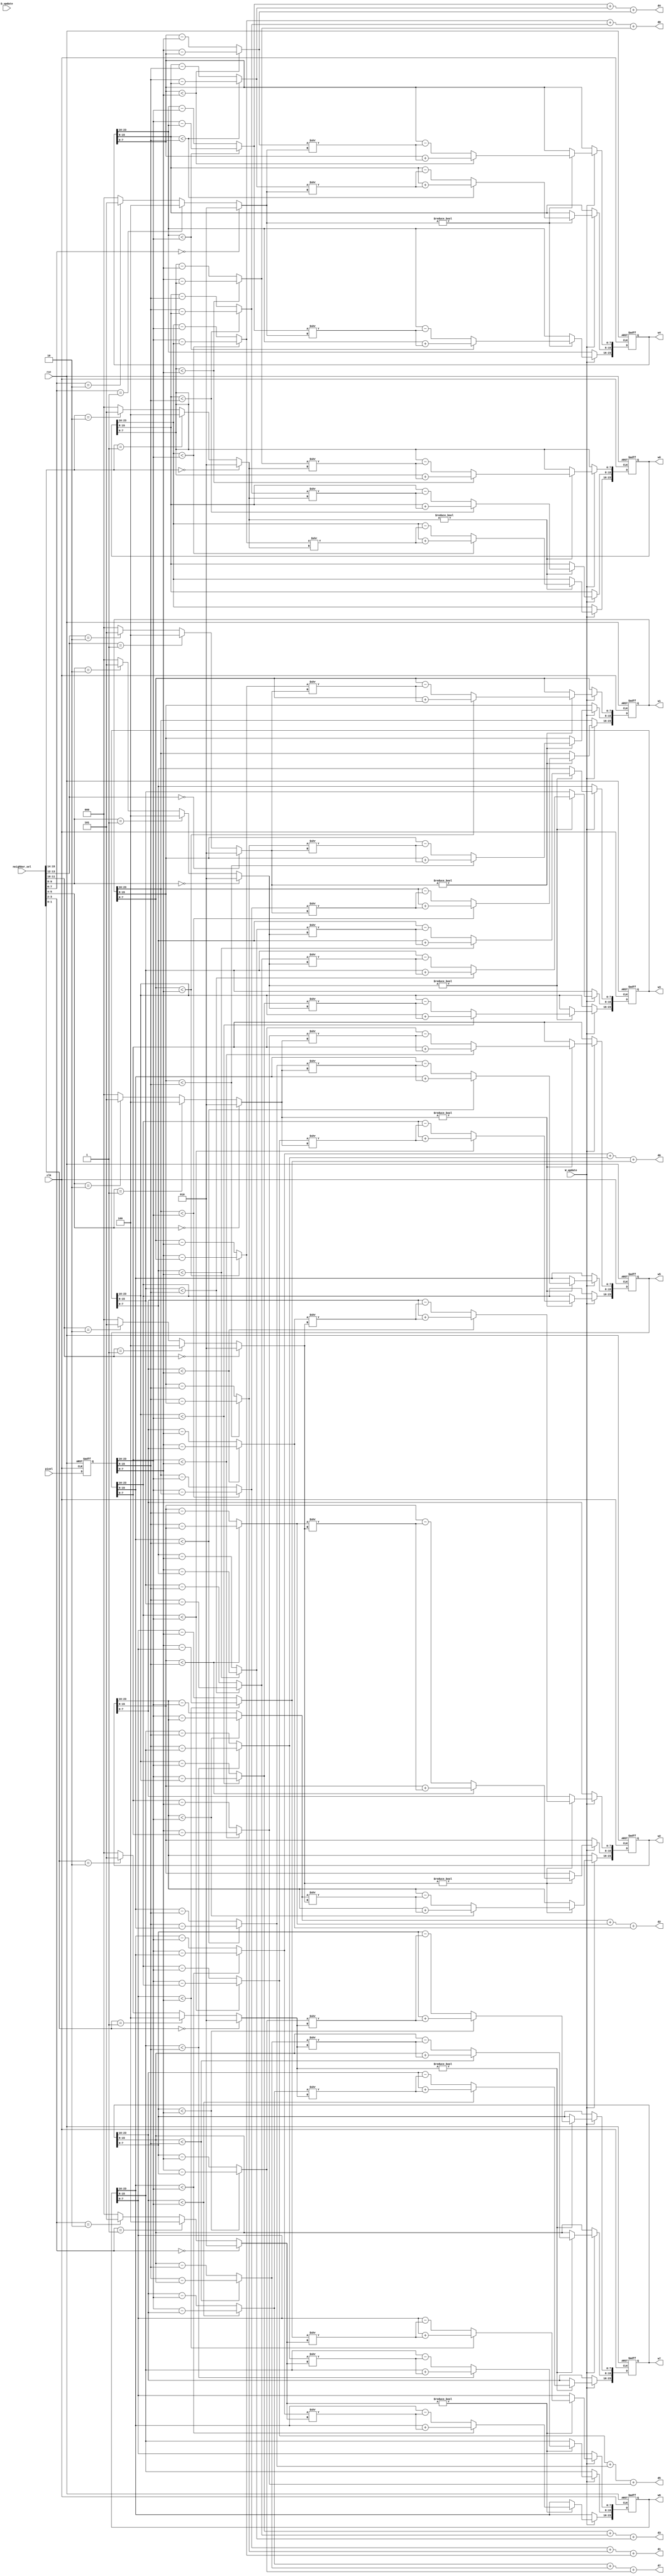
/////////////////////////////////////////////////////////////////////
// ---------------------- IVCAD 2022 Spring ---------------------- //
// ---------------------- Version : v.1.10  ---------------------- //
// ---------------------- Date : 2022.04.13 ---------------------- //
// ------------------------ VEP module --------------------------//
// ----------------- Feb. 2022 Willie authored --------------------//
/////////////////////////////////////////////////////////////////////

module VEP(clk, rst, W_update, neighbor_sel, pixel,   					D_update,
				d0, d1, d2, d3, d4, d5, d6, d7, w0, w1, w2, w3, w4, w5, w6, w7);

// ---------------------- input  ---------------------- //
	input clk; 
	input rst; 
	input W_update;
	input D_update;								
	input [15:0] neighbor_sel; 
	//input [1:0] sel0, sel1, sel2, sel3, sel4, sel5, sel6, sel7;
	input [23:0] pixel; 			
// ---------------------- output  ---------------------- //
	output [9:0] d0;
	output [9:0] d1;
	output [9:0] d2;
	output [9:0] d3;
	output [9:0] d4;
	output [9:0] d5;
	output [9:0] d6;
	output [9:0] d7;
	output [23:0] w0;
	output [23:0] w1;
	output [23:0] w2;
	output [23:0] w3;
	output [23:0] w4;
	output [23:0] w5;
	output [23:0] w6;
	output [23:0] w7;
	
// ---------------------- Write down Your design below  ---------------------- //

	wire trash;
	assign trash=D_update;

	reg [23:0] weight [7:0];  // F/F
	reg [23:0] pixel_latch;			//pixel(cycle)

	//distance
	reg [7:0] absR [7:0];
	reg [7:0] absG [7:0];
	reg [7:0] absB [7:0];
	// + -
	reg sign_R [7:0] ;
	reg sign_G [7:0] ;
	reg sign_B [7:0] ;

	wire [2:0] total_shift [7:0];

	integer i;
	integer j;
	integer k;


	//output weight
	assign w0=weight[0];			//loopcorrect
	assign w1=weight[1];
	assign w2=weight[2];
	assign w3=weight[3];
	assign w4=weight[4];
	assign w5=weight[5];
	assign w6=weight[6];
	assign w7=weight[7];

	//total shift 0
	assign total_shift [0]= (neighbor_sel[15:14]==2'b00)	?  	3'd2 :		//0.25*1
							(neighbor_sel[15:14]==2'b01)    ?   3'd4 :		//0.25*0.25
							(neighbor_sel[15:14]==2'b10)	?	3'd5 : 3'd0;	//0.25*0.125  //d0 =0
	assign total_shift [1]= (neighbor_sel[13:12]==2'b00)	?  	3'd2 :
							(neighbor_sel[13:12]==2'b01)    ?   3'd4 :
							(neighbor_sel[13:12]==2'b10)	?	3'd5 : 3'd0;
	assign total_shift [2]= (neighbor_sel[11:10]==2'b00)	?  	3'd2 :
							(neighbor_sel[11:10]==2'b01)    ?   3'd4 :
							(neighbor_sel[11:10]==2'b10)	?	3'd5 : 3'd0;
	assign total_shift [3]= (neighbor_sel[9:8]==2'b00)		?  	3'd2 :
							(neighbor_sel[9:8]==2'b01)   	?   3'd4 :
							(neighbor_sel[9:8]==2'b10)		?	3'd5 : 3'd0;
	assign total_shift [4]= (neighbor_sel[7:6]==2'b00)		?  	3'd2 :
							(neighbor_sel[7:6]==2'b01)    	?   3'd4 :
							(neighbor_sel[7:6]==2'b10)		?	3'd5 : 3'd0;
	assign total_shift [5]= (neighbor_sel[5:4]==2'b00)		?  	3'd2 :
							(neighbor_sel[5:4]==2'b01)    	?   3'd4 :
							(neighbor_sel[5:4]==2'b10)		?	3'd5 : 3'd0;
	assign total_shift [6]= (neighbor_sel[3:2]==2'b00)		?  	3'd2 :
							(neighbor_sel[3:2]==2'b01)    	?   3'd4 :
							(neighbor_sel[3:2]==2'b10)		?	3'd5 : 3'd0;
	assign total_shift [7]= (neighbor_sel[1:0]==2'b00)		?  	3'd2 :
							(neighbor_sel[1:0]==2'b01)    	?   3'd4 :
							(neighbor_sel[1:0]==2'b10)		?	3'd5 : 3'd0;	


	always @(posedge clk or posedge rst) 
	begin
		if (rst) 
		begin
			pixel_latch<=24'd0;	
		end	
		else
		begin
			pixel_latch<=pixel;
		end
	end


	//distance
	//abs0~7			//  1.  2.Vector
	always @(*)          
	begin
		for ( i=0 ; i<8; i=i+1) 
		begin
			//R
			if( weight[i][23:16]<pixel_latch[23:16] )
	    	begin
	    	  	absR[i]= pixel_latch[23:16]-weight[i][23:16];
				sign_R[i]=1'd0;
	    	end
	    	else
	    	begin
	    	  	absR[i]= weight[i][23:16]-pixel_latch[23:16];
				sign_R[i]=1'd1;

	    	end
			//G
			if( weight[i][15:8]<pixel_latch[15:8] )
	    	begin
	    	  	absG[i]= pixel_latch[15:8]-weight[i][15:8];
				sign_G[i]=1'd0;
	    	end
	    	else
	    	begin
	    	  	absG[i]= weight[i][15:8]-pixel_latch[15:8];
				sign_G[i]=1'd1;
	    	end
			//B
			if( weight[i][7:0]<pixel_latch[7:0])
	    	begin
	    	  	absB[i]= pixel_latch[7:0]-weight[i][7:0];
				sign_B[i]=1'd0;
	    	end
	    	else
	    	begin
	    	  	absB[i]= weight[i][7:0]-pixel_latch[7:0];
				sign_B[i]=1'd1;
	    	end
		end
	end


	//d0~d7
	assign d0={{2'b0},absR[0]}+{{2'b0},absG[0]}+{{2'b0},absB[0]};     
	assign d1={{2'b0},absR[1]}+{{2'b0},absG[1]}+{{2'b0},absB[1]};     
  	assign d2={{2'b0},absR[2]}+{{2'b0},absG[2]}+{{2'b0},absB[2]};     
	assign d3={{2'b0},absR[3]}+{{2'b0},absG[3]}+{{2'b0},absB[3]};     
	assign d4={{2'b0},absR[4]}+{{2'b0},absG[4]}+{{2'b0},absB[4]};     
	assign d5={{2'b0},absR[5]}+{{2'b0},absG[5]}+{{2'b0},absB[5]};     
	assign d6={{2'b0},absR[6]}+{{2'b0},absG[6]}+{{2'b0},absB[6]};     
	assign d7={{2'b0},absR[7]}+{{2'b0},absG[7]}+{{2'b0},absB[7]};     

	//weight_update
	always @(posedge clk or posedge rst) 
	begin
		if (rst) 
		begin
			for ( j=0 ; j<8; j=j+1) 
			begin
				weight[j]<=24'b011111010111110101111101;				// 125?? or 255??
			end
		end
		else
		begin
			if (W_update) 	
			begin
				for ( k=0 ; k<8 ; k=k+1) 
				begin
					if (total_shift[k]!=3'd0) 
					begin
						if (sign_R[k])	//negative 
						begin
							weight[k][23:16]<=weight[k][23:16]- (absR[k]>>total_shift[k]);	
						end
						else	//positive
						begin
							weight[k][23:16]<=weight[k][23:16] + (absR[k]>>total_shift[k]);	
						end	

						if (sign_G[k])	//negative 
						begin
							weight[k][15:8] <=weight[k][15:8] - (absG[k]>>total_shift[k]);			
						end
						else	//positive
						begin
							weight[k][15:8] <=weight[k][15:8] + (absG[k]>>total_shift[k]);			
						end	

						if (sign_B[k])	//negative 
						begin
							weight[k][7:0]  <=weight[k][7:0]  - (absB[k]>>total_shift[k]);			
						end
						else	//positive
						begin
							weight[k][7:0]  <=weight[k][7:0]  + (absB[k]>>total_shift[k]);		
						end	
					end
				end
			end
		end	
	end


endmodule